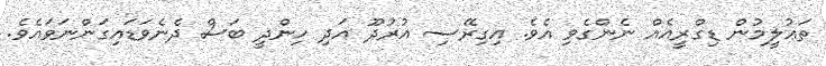
ތަޢުލީމުން ޑިގްރީއެއް ނެންގެވި އެވެ. އިގިރޭސި އުރުދޫ އަދި ހިންދީ ބަސް ދެނެވަޑައިގަންނަވައެވެ.